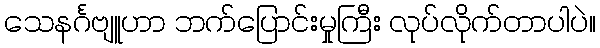
သေနင်္ဂဗျူဟာ ဘက်ပြောင်းမှုကြီး လုပ်လိုက်တာပါပဲ။